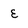
Character: E